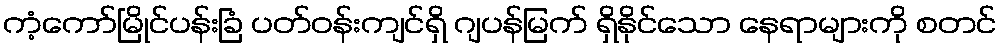
ကံ့ကော်မြိုင်ပန်းခြံ ပတ်ဝန်းကျင်ရှိ ဂျပန်မြက် ရှိနိုင်သော နေရာများကို စတင်